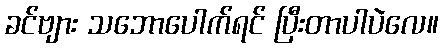
ခင်ဗျား သဘောပေါက်ရင် ပြီးတာပါပဲလေ။